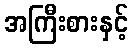
အကြီးစားနှင့်